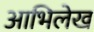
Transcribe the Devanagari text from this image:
आभिलेख